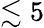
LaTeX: \lesssim 5